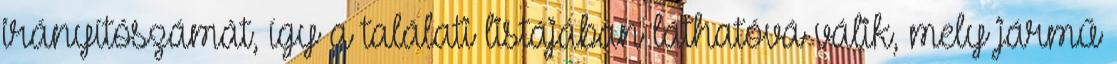
irányítószámát, így a találati listájában láthatóvá válik, mely jármű